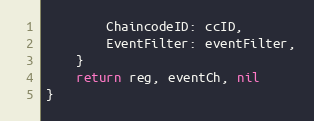
Language: Go
		ChaincodeID: ccID,
		EventFilter: eventFilter,
	}
	return reg, eventCh, nil
}